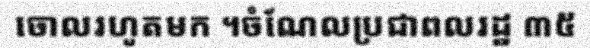
ចោលរហូតមក ។ចំណែលប្រជាពលរដ្ឋ ៣៥